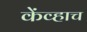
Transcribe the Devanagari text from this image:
केंव्हाच